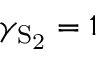
\gamma _ { \mathrm { S _ { 2 } } } = 1